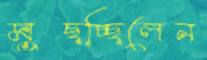
মুছচ্ছিলেন